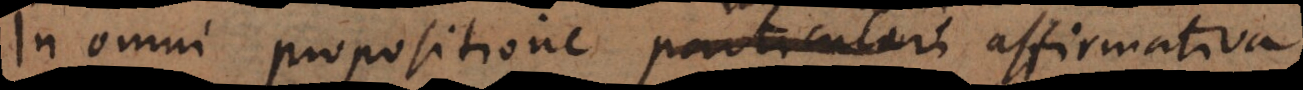
In omni propositione universali affirmativa